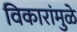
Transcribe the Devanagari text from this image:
विकारांमुळे